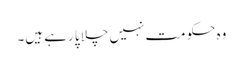
وہ حکومت نہیں چلا پا رہے ہیں۔